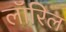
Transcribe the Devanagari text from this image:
लॉरिल